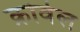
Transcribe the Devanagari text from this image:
क्रोवेल